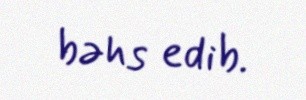
bəhs edib.